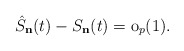
\begin{align*}\hat{S}_{\mathbf{n}}(t)-S_{\mathbf{n}}(t)=\mathrm{o}_{p}(1).\end{align*}